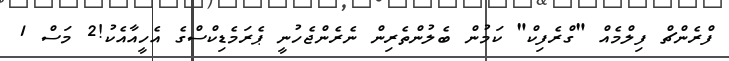
ފްރެންޗް ފިލްމެއް "ގްރެފިކް" ކަމުން ބެލުންތެރިން ނެރެންޖެހުނީ ޕެރަމެޑިކްސްގެ އެހީއާއެކު!2 މަސް 1